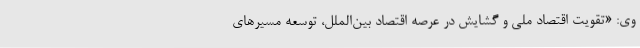
وی: «تقویت اقتصاد ملی و گشایش در عرصه اقتصاد بین‌الملل، توسعه مسیرهای